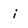
Character: i